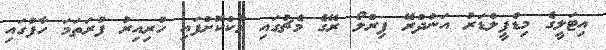
އިޓަލީގެ މިޑްފީލްޑަރު އަންދްރޭ ޕިރްލޯ ރޭގެ މެޗުގައި މާކްކޮށްފައި ހުރިއިރު ފުރަތަމަ ހާފުގައި